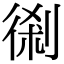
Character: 𠝨